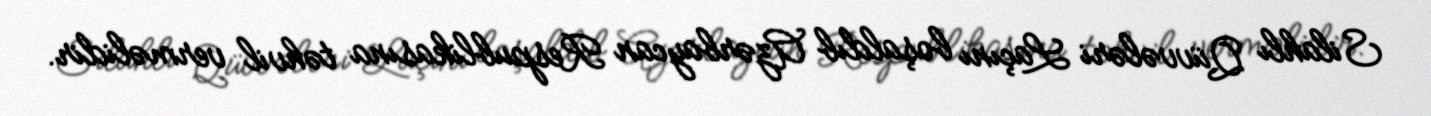
Silahlı Qüvvələri Laçını boşaldıb Azərbaycan Respublikasına təhvil verməlidir.